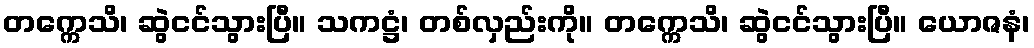
တက္ကေသိ၊ ဆွဲငင်သွားပြီ။ သကဋ္ဌံ၊ တစ်လှည်းကို။ တက္ကေသိ၊ ဆွဲငင်သွားပြီ။ ယောဇနံ၊